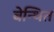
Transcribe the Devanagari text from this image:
बेन्थित